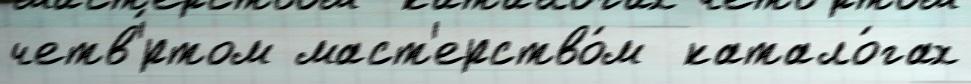
четв'́ртом маст'ерство́м  катало́гах